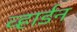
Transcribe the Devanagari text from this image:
व्हार्डन